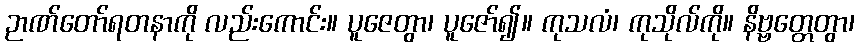
ဉာဏ်တော်ရတနာကို လည်းကောင်း။ ပူဇေတွာ၊ ပူဇော်၍။ ကုသလံ၊ ကုသိုလ်ကို။ နိဗ္ဗတ္တေတွာ၊